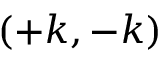
( + k , - k )